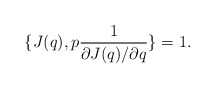
\begin{align*}\{ J(q), p {1 \over \partial J(q) / \partial q} \}=1.\end{align*}